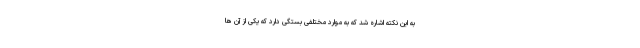
به این نکته اشاره شد که به موارد مختلفی بستگی دارد که یکی از آن ها